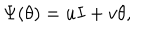
\Psi ( \theta ) = u I + v \theta ,